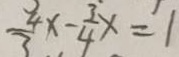
\frac { 4 } { 3 } x - \frac { 3 } { 4 } x = 1